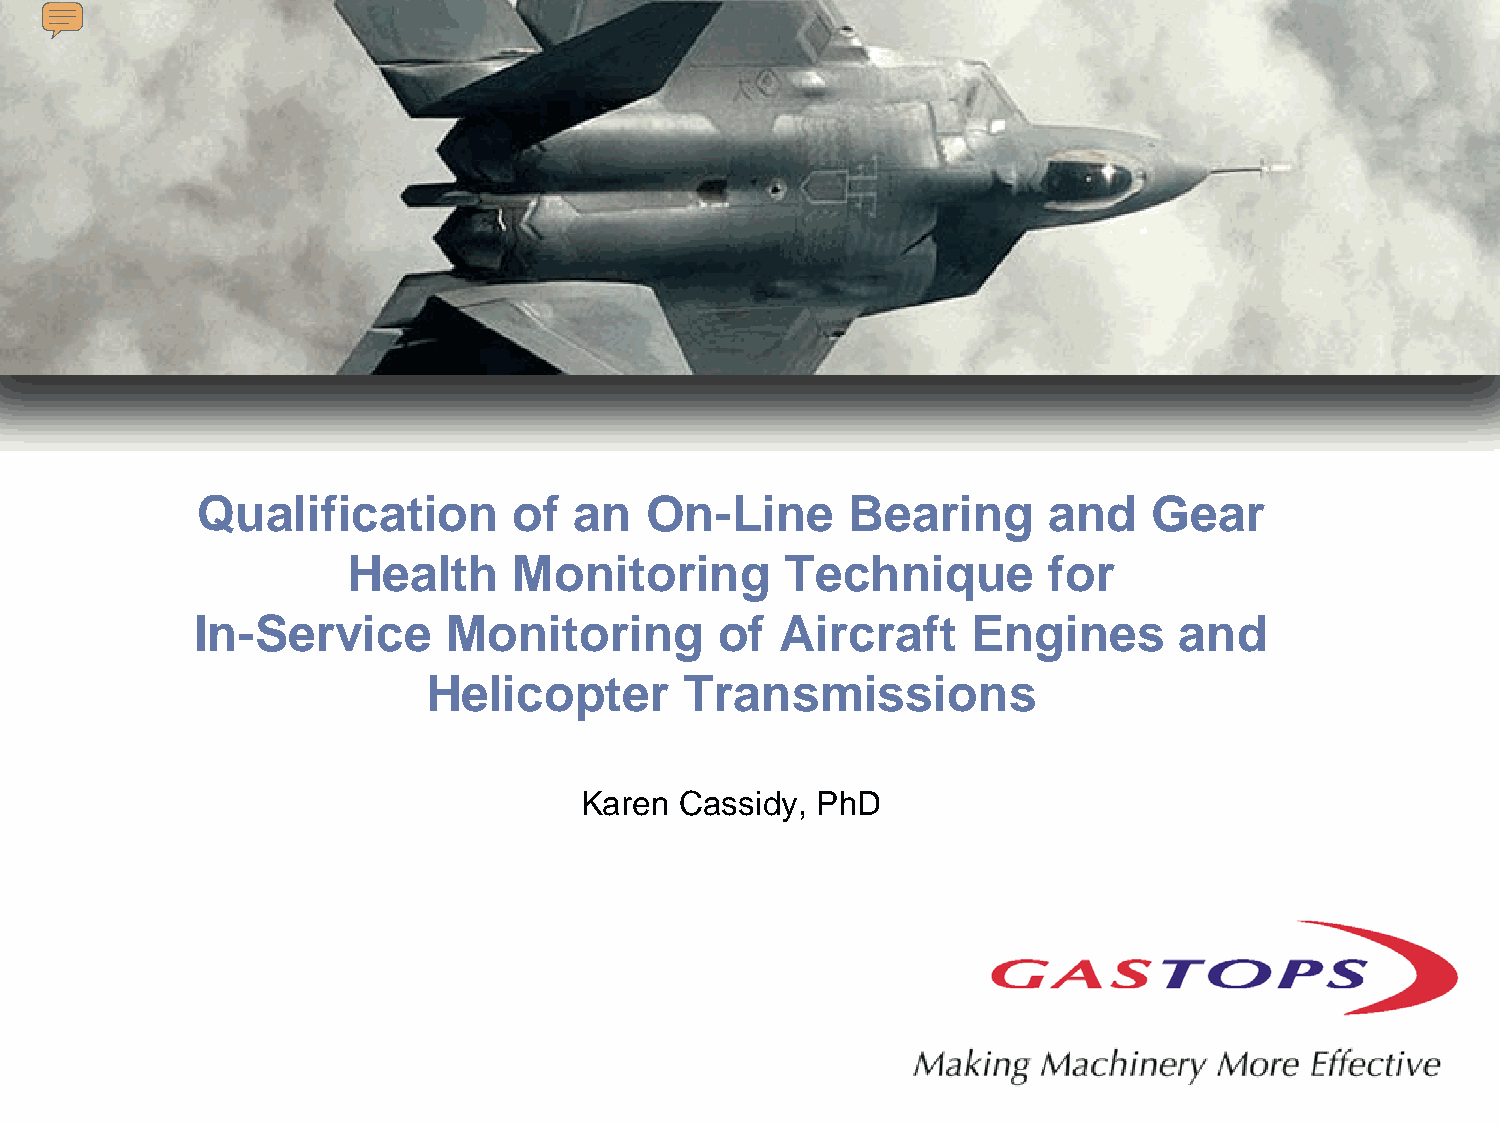
Qualification        of  an   On-Line      Bearing      and    Gear
 Health     Monitoring        Technique        for
 In-Service       Monitoring        of  Aircraft    Engines       and
 Helicopter       Transmissions
 Karen  Cassidy, PhD